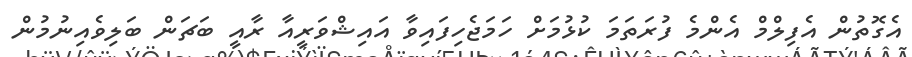
އެގޮތުން އެފިލްމް އެންމެ ފުރަތަމަ ކުޅުމަށް ހަމަޖެހިފައިވާ އައިޝްވަރީއާ ރާއީ ބަޗަން ބަލިވެއިނުމުން